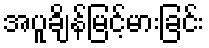
အပူချိန်မြင့်မားခြင်း